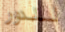
للدور